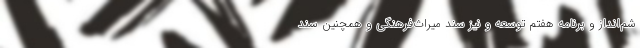
شم‌انداز و برنامه هفتم توسعه و نیز سند میراث‌فرهنگی و همچنین سند